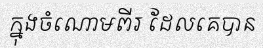
ក្នុងចំណោមពីរ ដែលគេបាន